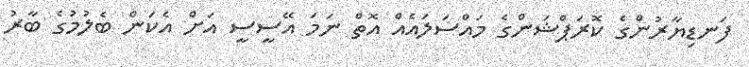
ފަނޑިޔާރުންގެ ކޮރަޕްޝަންގެ މައްސަލައެއް އޮތް ނަމަ އޭސީސީ އަށް އެކަން ބެލުމުގެ ބާރު